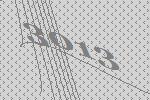
3013